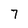
Character: 7